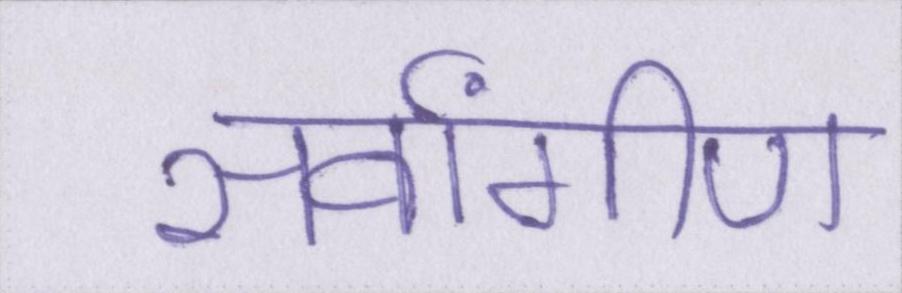
सर्वांगीण